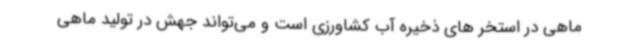
ماهی در استخر های ذخیره آب کشاورزی است و می‌تواند جهش در تولید ماهی